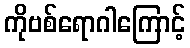
ကိုဗစ်ရောဂါကြောင့်